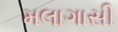
મલાગાસી